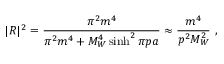
| R | ^ { 2 } = \frac { \pi ^ { 2 } m ^ { 4 } } { \pi ^ { 2 } m ^ { 4 } + M _ { W } ^ { 4 } \sinh ^ { 2 } \pi p a } \approx \frac { m ^ { 4 } } { p ^ { 2 } M _ { W } ^ { 2 } } \ ,